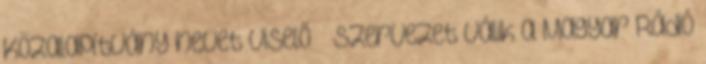
Közalapítvány nevet viselő – szervezet válik a Magyar Rádió